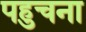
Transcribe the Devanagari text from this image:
पहुचना